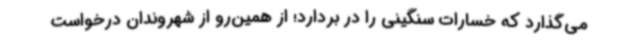
می‌گذارد که خسارات سنگینی را در بردارد؛ از همین‌رو از شهروندان درخواست